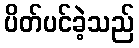
ပိတ်ပင်ခဲ့သည်